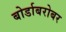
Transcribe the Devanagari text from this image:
बोर्डाबरोबर